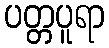
ပတ္တပူရာ